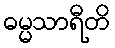
ဓမ္မသာရီတိ